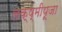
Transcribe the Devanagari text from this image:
लक्ष्मीपूजा